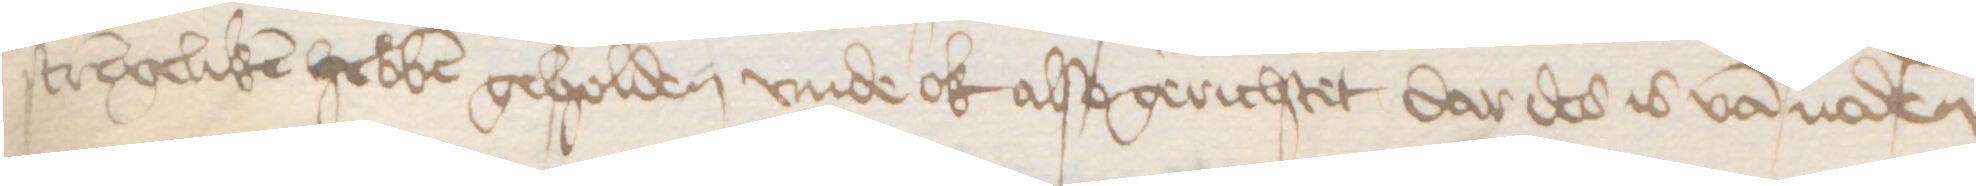
strengeliken hebben geholden vnde ok also gerichtet dar des is van noden